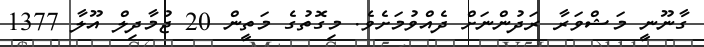
ގާނޫނީ މަޝްވަރާ ރަދުންނަށް ދެއްވުމަށެވެ. މިގޮތުގެ މަތީން 20 ޖުމާދިލް އޫލާ 1377